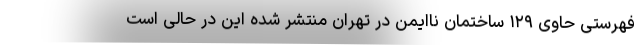
فهرستی حاوی ۱۲۹ ساختمان ناایمن در تهران منتشر شده این در حالی است